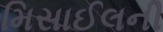
મિસાઈલની